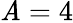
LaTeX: \mathit{A}=4